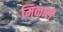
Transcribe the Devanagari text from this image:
मिळालॆ